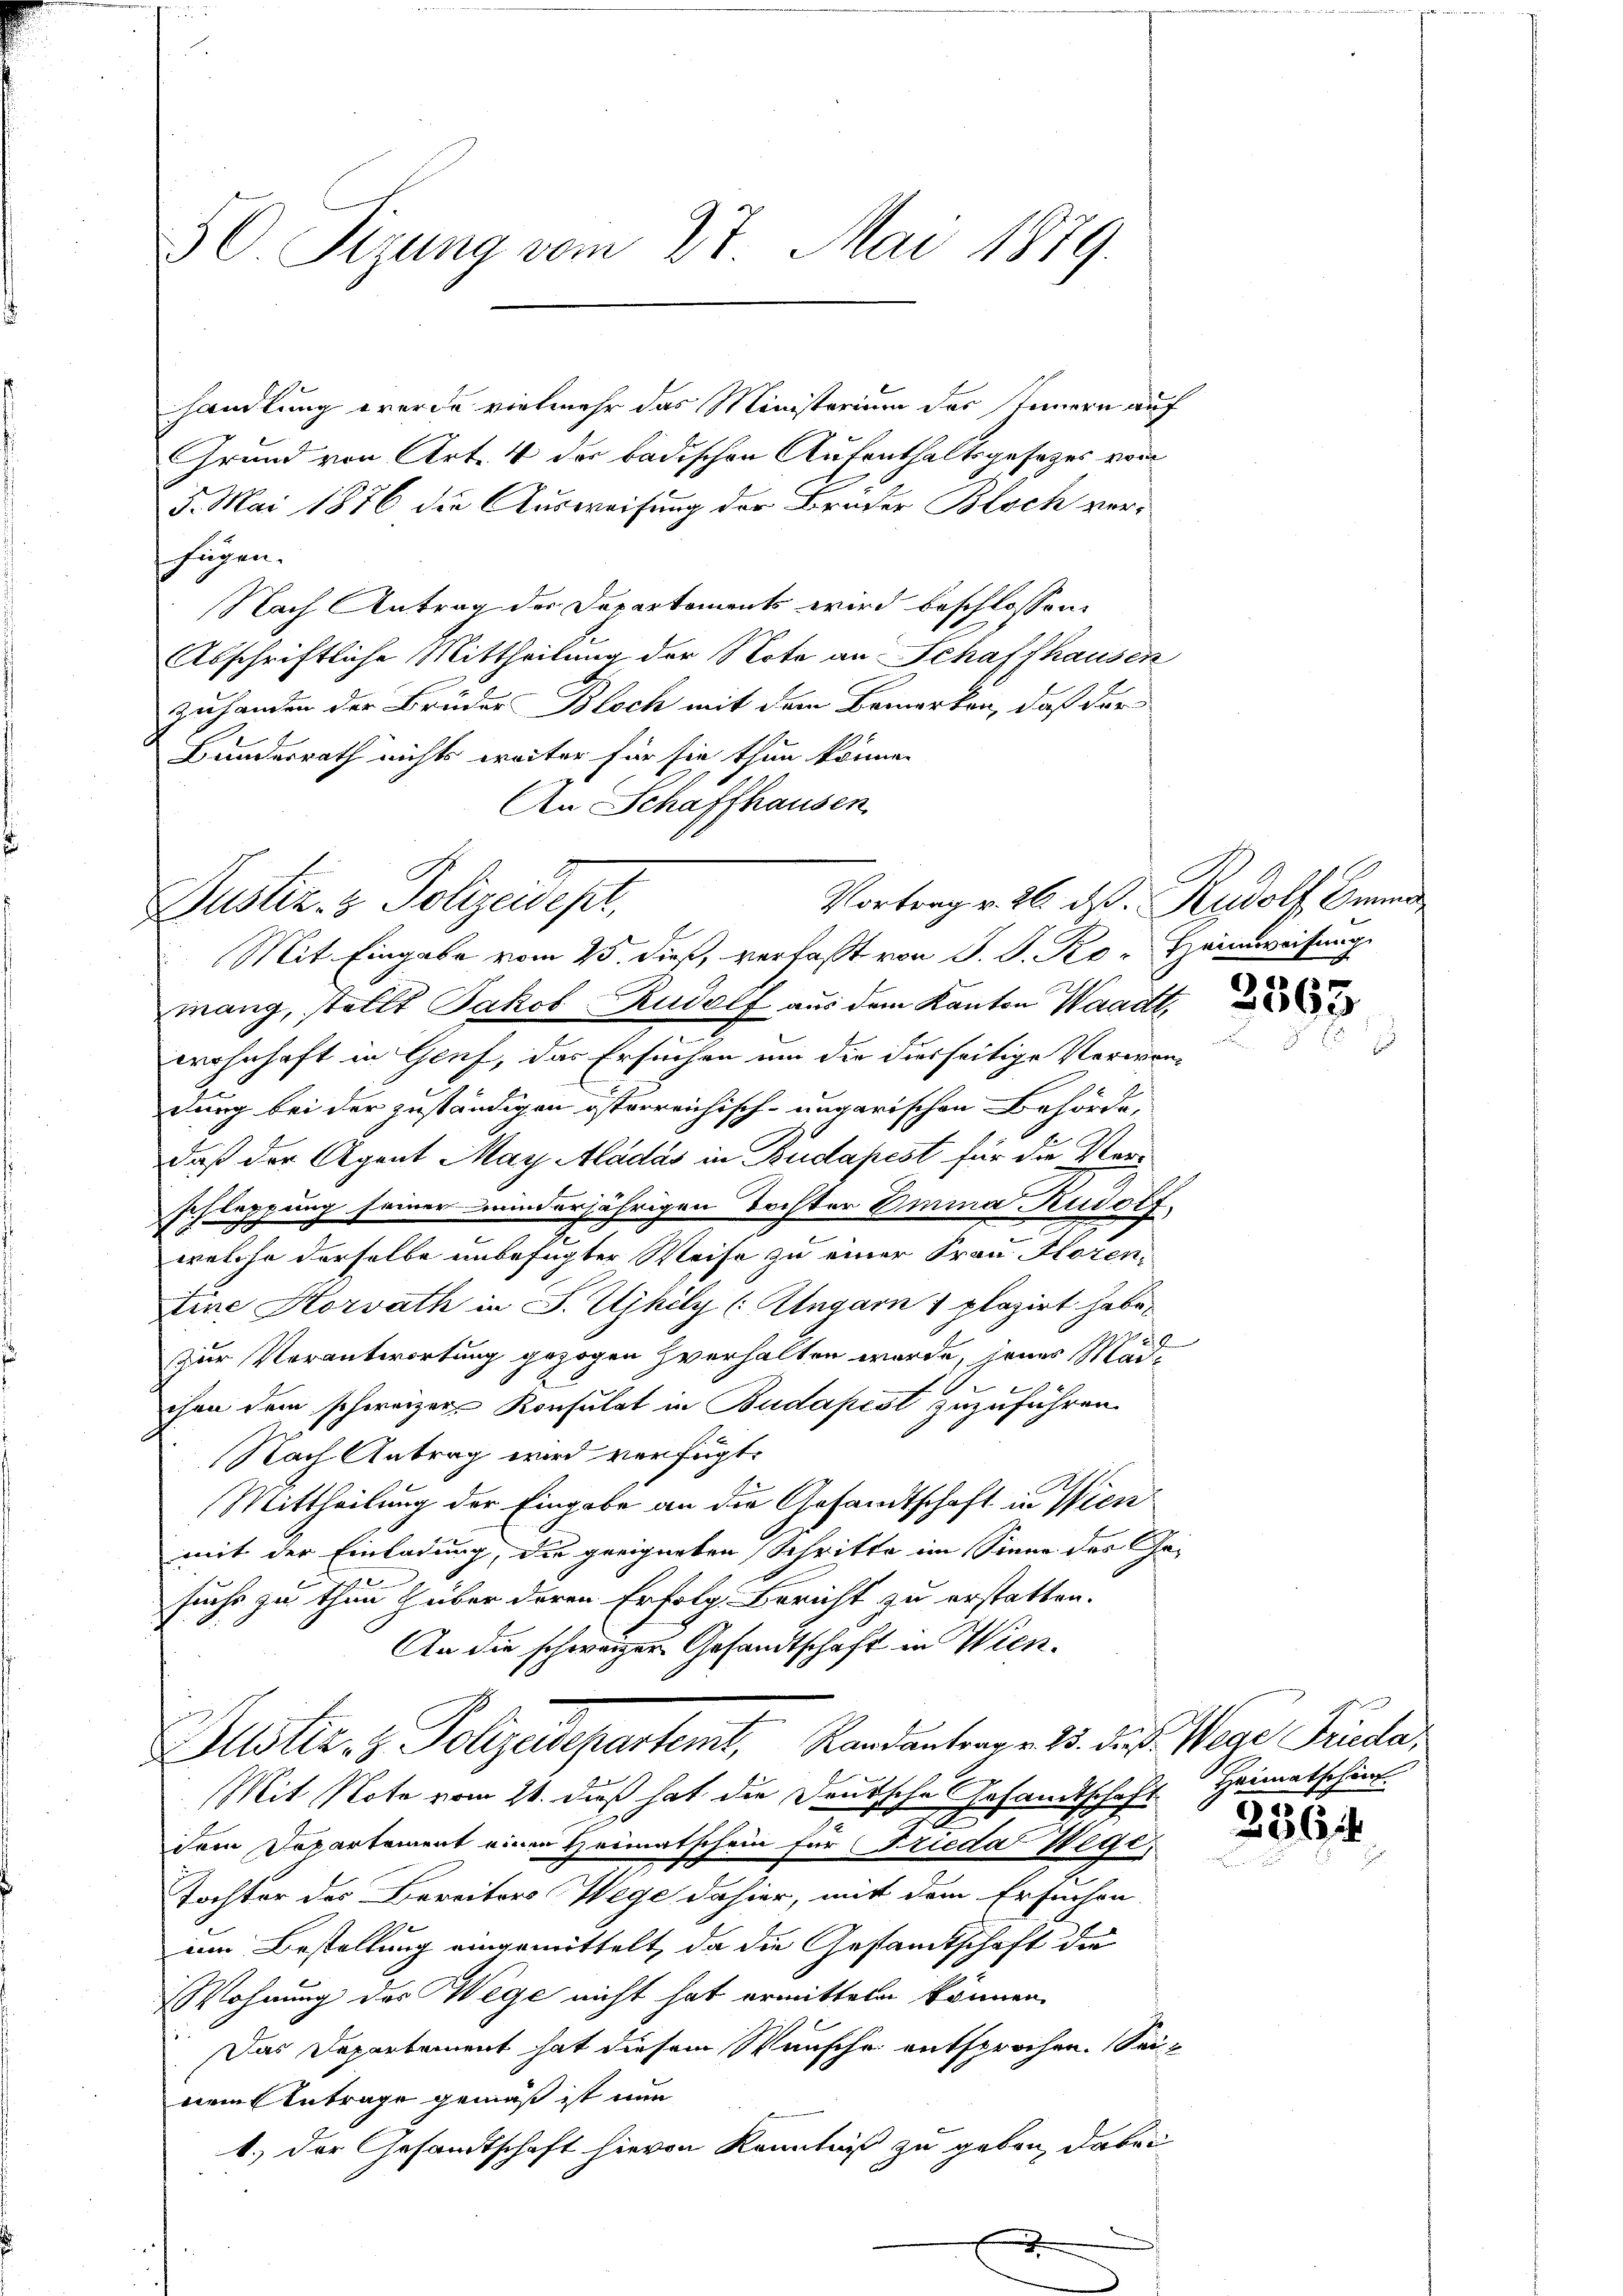
50 Sizung vom 27. Mai 1889.

handlung werde vielmehr das Ministerium des Innern auf
Grund von Art. 4 der badischen Aufenthaltsgesetzes vom
5. Mai 1876 die Ausweisung der Bruder Bloch verfügen.
Nach Antrag der Departements wird beschlossen:
Abschriftliche Mittheilung der Note an Schaffhausen
zuhanden der Brüder Bloch mit dem Bemerken, daß der
Bundesrath nichts weiter für sie thun könne.
An Schaffhausen

Vortrag v. 26. ds. Rudolf Amma
Justiz- & Polizeidept,
Mit Eingabe vom 25. dieß, verfaßt von J. J. Ro. Heimweisung

mang, stellt Jakob Rudolf aus dem Kanton Waadt,
d
wohnhaft in Genf, das Ersuchen um die diesseitige Verwendung bei der zuständigen österreichisch-ungarischen Behörde,
daß der Agent May Aladás in Budapest für die Verschleppung seiner minderjährigen Tochter Emma Rudolf,
welche derselbe unbefugter Weise zu einer Frau Horen¬
Eine Horrath in S. Ujhily (Ungarn 1 plazirt habe,
Zur Verantwortung gezogen verhalten wurde, jenes Mäd-
f
chen dem schweizer Konsulat in Budapest zuzuführen.
Nach Antrag wird verfügt:
Mittheilung der Eingabe an die Gesandtschaft in Wien
mit der Einladung, die geeigneten Schritte im Sinne des Ge-
sucht zu thun Huber deren Erfolg Bericht zu erstatten.
An die schweizer Gesandtschaft in Wien¬
Zustiz- & Polizeidepartemt, Randantrag. 23. des Wege Frida,
u
Mit Note vom 21. dieß hat die Deutsche Gesandtschaft Heimatscheint.
dem Departement einen Heimatschein für Frieda Wege,
Tochter des Bereiter Wege dahier, mit dem Ersuchen
im Bestellung eingemittelt, da die Gesandtschaft die
Wohnung des Wege nicht hat ermitteln können.
Das Departement hat diesem Wunsche entsprochen. Seinem Antrage gemäß ist nun
1.) Der Gesandtschaft hievon Kenntniß zu geben, dabei

2565.

2564